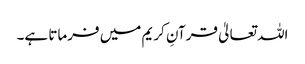
اللہ تعالیٰ قرآنِ کریم میں فرماتا ہے۔